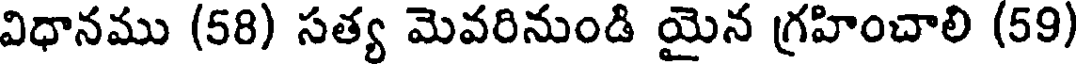
విధానము (58) సత్య మెవరినుండి యైన గ్రహించాలి (59)